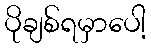
ပိုချစ်ရမှာပေါ့